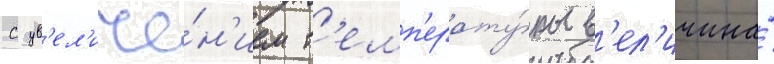
С ув'ел'иче́н'ием т'емп'ерату́ры в'ел'ичина́